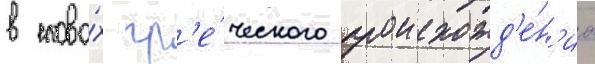
в слова́х гр'е́ческого происхожд'е́н'иа